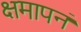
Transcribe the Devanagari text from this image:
क्षमापनं